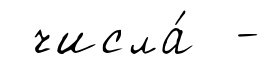
числа́ -